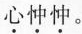
\underset{·}{心}\underset{·}{忡}\underset{·}{忡}。